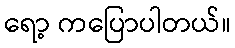
ရော့ ကပြောပါတယ်။